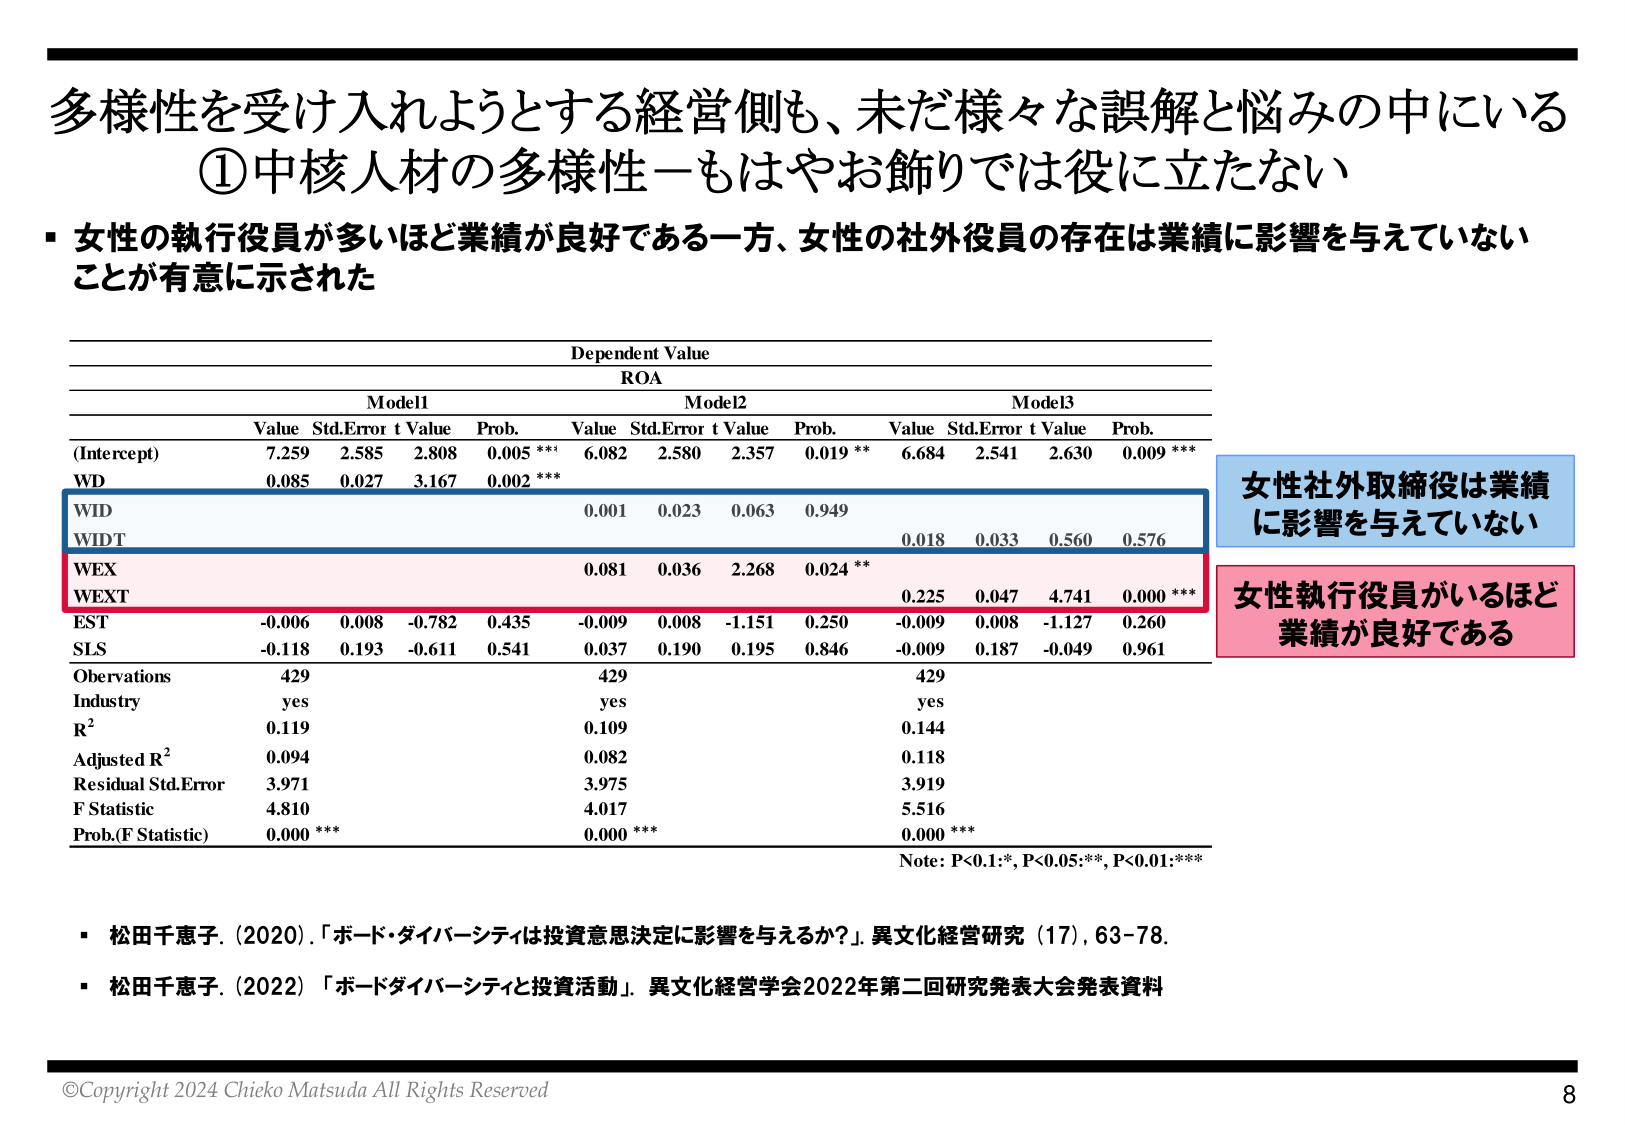
多様性を受け入れようとする経営側も、未だ様々な誤解と悩みの中にいる
①中核人材の多様性－もはやお飾りでは役に立たない
・女性の執行役員が多いほど業績が良好である一方、女性の社外役員の存在は業績に影響を与えていないことが有意に示された

Dependent Value
ROA

Model1
Value Std.Error t Value Prob.
(Intercept) 7.259 2.585 2.808 0.005 ***
WD 0.085 0.027 3.167 0.002 ***
WID
WIDT
WEX
WEXT
EST -0.006 0.008 -0.782 0.435
SLS -0.118 0.193 -0.611 0.541

Model2
Value Std.Error t Value Prob.
(Intercept) 6.082 2.580 2.357 0.019 **
WD
WID 0.001 0.023 0.063 0.949
WIDT
WEX 0.081 0.036 2.268 0.024 **
WEXT
EST -0.009 0.008 -1.151 0.250
SLS 0.037 0.190 0.195 0.846

Model3
Value Std.Error t Value Prob.
(Intercept) 6.684 2.541 2.630 0.009 ***
WD
WID
WIDT 0.018 0.033 0.560 0.576
WEX
WEXT 0.225 0.047 4.741 0.000 ***
EST -0.009 0.008 -1.127 0.260
SLS -0.009 0.187 -0.049 0.961

Observations 429 429 429
Industry yes yes yes
R² 0.119 0.109 0.144
Adjusted R² 0.094 0.082 0.118
Residual Std.Error 3.971 3.975 3.919
F Statistic 4.810 4.017 5.516
Prob.(F Statistic) 0.000 *** 0.000 *** 0.000 ***

Note: P<0.1:*; P<0.05:**; P<0.01:***

女性社外取締役は業績に影響を与えていない
女性執行役員がいるほど業績が良好である

・松田千恵子. (2020). 「ボード・ダイバーシティは投資意思決定に影響を与えるか？」. 異文化経営研究 (17), 63–78.
・松田千恵子. (2022) 「ボードダイバーシティと投資活動」. 異文化経営学会2022年第二回研究発表大会発表資料

©Copyright 2024 Chieko Matsuda All Rights Reserved
8